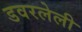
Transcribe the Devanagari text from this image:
डवरलेली